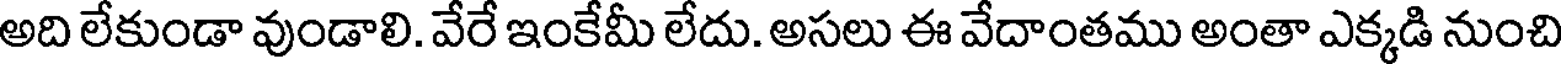
అది లేకుండా వుండాలి. వేరే ఇంకేమీ లేదు. అసలు ఈ వేదాంతము అంతా ఎక్కడి నుంచి